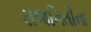
રાજનિતીના